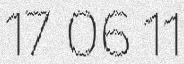
17 06 11